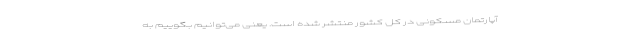
آپارتمان مسکونی در کل کشور منتشر شده است. یعنی می‌توانیم بگوییم به